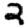
Digit: 2